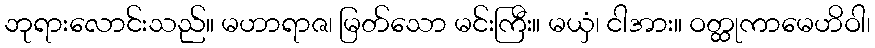
ဘုရားလောင်းသည်။ မဟာရာဇ၊ မြတ်သော မင်းကြီး။ မယှံ၊ ငါအား။ ဝတ္ထုကာမေဟိဝါ၊